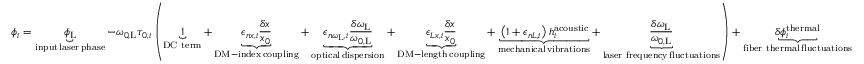
\phi _ { i } = \underbrace { \phi _ { \mathrm { L } } } _ { \substack { \mathrm { i n p u t } \, \mathrm { l a s e r } \, \mathrm { p h a s e } } } - \omega _ { 0 , \mathrm { L } } \tau _ { 0 , i } \left( \underbrace { 1 } _ { \mathrm { D C ~ t e r m } } + \underbrace { \epsilon _ { n x , i } \frac { \delta x } { x _ { 0 } } } _ { \substack { \mathrm { D M - i n d e x } \, \mathrm { c o u p l i n g } } } + \underbrace { \epsilon _ { n \omega _ { \mathrm { L } } , i } \frac { \delta \omega _ { \mathrm { L } } } { \omega _ { 0 , \mathrm { L } } } } _ { \substack { \mathrm { o p t i c a l } \, \mathrm { d i s p e r s i o n } } } + \underbrace { \epsilon _ { L x , i } \frac { \delta x } { x _ { 0 } } } _ { \substack { \mathrm { D M - l e n g t h } \, \mathrm { c o u p l i n g } } } + \underbrace { \left( 1 + \epsilon _ { n L , i } \right) h _ { i } ^ { \mathrm { a c o u s t i c } } } _ { \substack { \mathrm { m e c h a n i c a l } \, \mathrm { v i b r a t i o n s } } } + \underbrace { \frac { \delta \omega _ { \mathrm { L } } } { \omega _ { 0 , \mathrm { L } } } } _ { \substack { \mathrm { l a s e r ~ f r e q u e n c y } \, \mathrm { f l u c t u a t i o n s } } } \right) + \underbrace { \delta \phi _ { i } ^ { \mathrm { t h e r m a l } } } _ { \substack { \mathrm { f i b e r ~ t h e r m a l } \, \mathrm { f l u c t u a t i o n s } } }